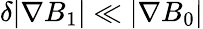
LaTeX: \delta|\nabla B_{1}|\ll|\nabla B_{0}|